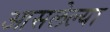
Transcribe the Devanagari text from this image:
आसलेल्या